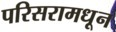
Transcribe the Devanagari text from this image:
परिसरामधून